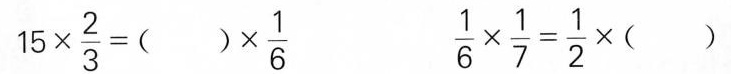
15\times\frac{2}{3} =( )\times \frac{1}{6} \frac{1}{6} \times \frac{1}{7} = \frac{1}{2} \times( )